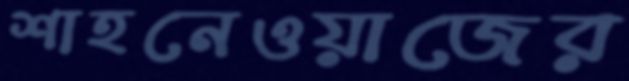
শাহনেওয়াজের